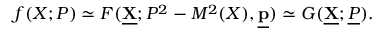
f ( X ; P ) \simeq { \cal F } ( \underline { { { \bf X } } } ; P ^ { 2 } - M ^ { 2 } ( X ) , \underline { { { \bf p } } } ) \simeq G ( \underline { { { \bf X } } } ; \underline { { { P } } } ) .